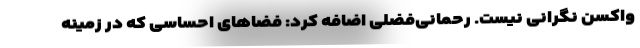
واکسن نگرانی نیست. رحمانی‌فضلی اضافه کرد: فضاهای احساسی که در زمینه